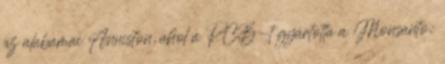
az alabamai Anniston, ahol a PCB-t gyártotta a Monsanto: